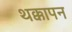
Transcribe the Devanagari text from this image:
थक्कापन